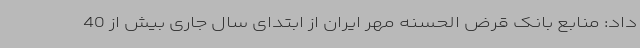
داد: منابع بانک قرض الحسنه مهر ایران از ابتدای سال جاری بیش از 40